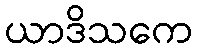
ယာဒိသကေ